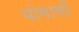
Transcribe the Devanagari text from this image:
योगागों